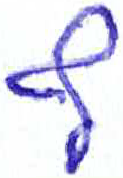
אות: ף